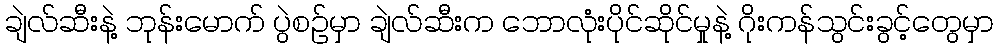
ချဲလ်ဆီးနဲ့ ဘုန်းမောက် ပွဲစဉ်မှာ ချဲလ်ဆီးက ဘောလုံးပိုင်ဆိုင်မှုနဲ့ ဂိုးကန်သွင်းခွင့်တွေမှာ